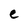
Character: e